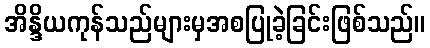
အိန္ဒိယကုန်သည်များမှအစပြုခဲ့ခြင်းဖြစ်သည်။